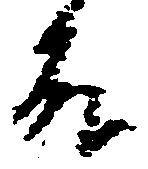
殿